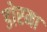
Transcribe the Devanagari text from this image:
डोरमा